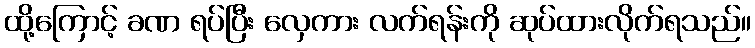
ထို့ကြောင့် ခဏ ရပ်ပြီး လှေကား လက်ရန်းကို ဆုပ်ထားလိုက်ရသည်။